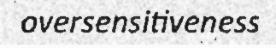
oversensitiveness